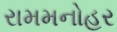
રામમનોહર